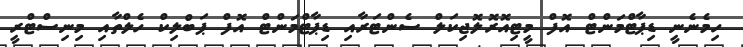
ހިމެނެނީ ޑިޕާޓްމަންޓް އޮފް މީޓިއޮރޮލޮޖިކަލް ސެންޓަރާއި ޑިޕާޓްމަންޓް އޮފް ޕަބްލިކް ހެލްތާއި މިނިސްޓްރީ